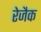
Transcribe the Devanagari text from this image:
रेजैक